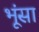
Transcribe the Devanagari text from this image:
भूंसा